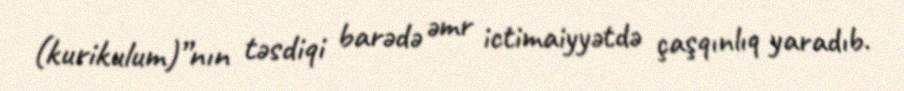
(kurikulum)”nın təsdiqi barədə əmr ictimaiyyətdə çaşqınlıq yaradıb.